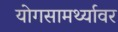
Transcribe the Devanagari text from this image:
योगसामर्थ्यावर